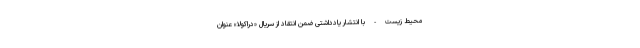
محیط زیست - با انتشار یادداشتی ضمن انتقاد از سریال «دراکولا» عنوان